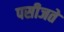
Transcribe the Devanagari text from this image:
पसीजते